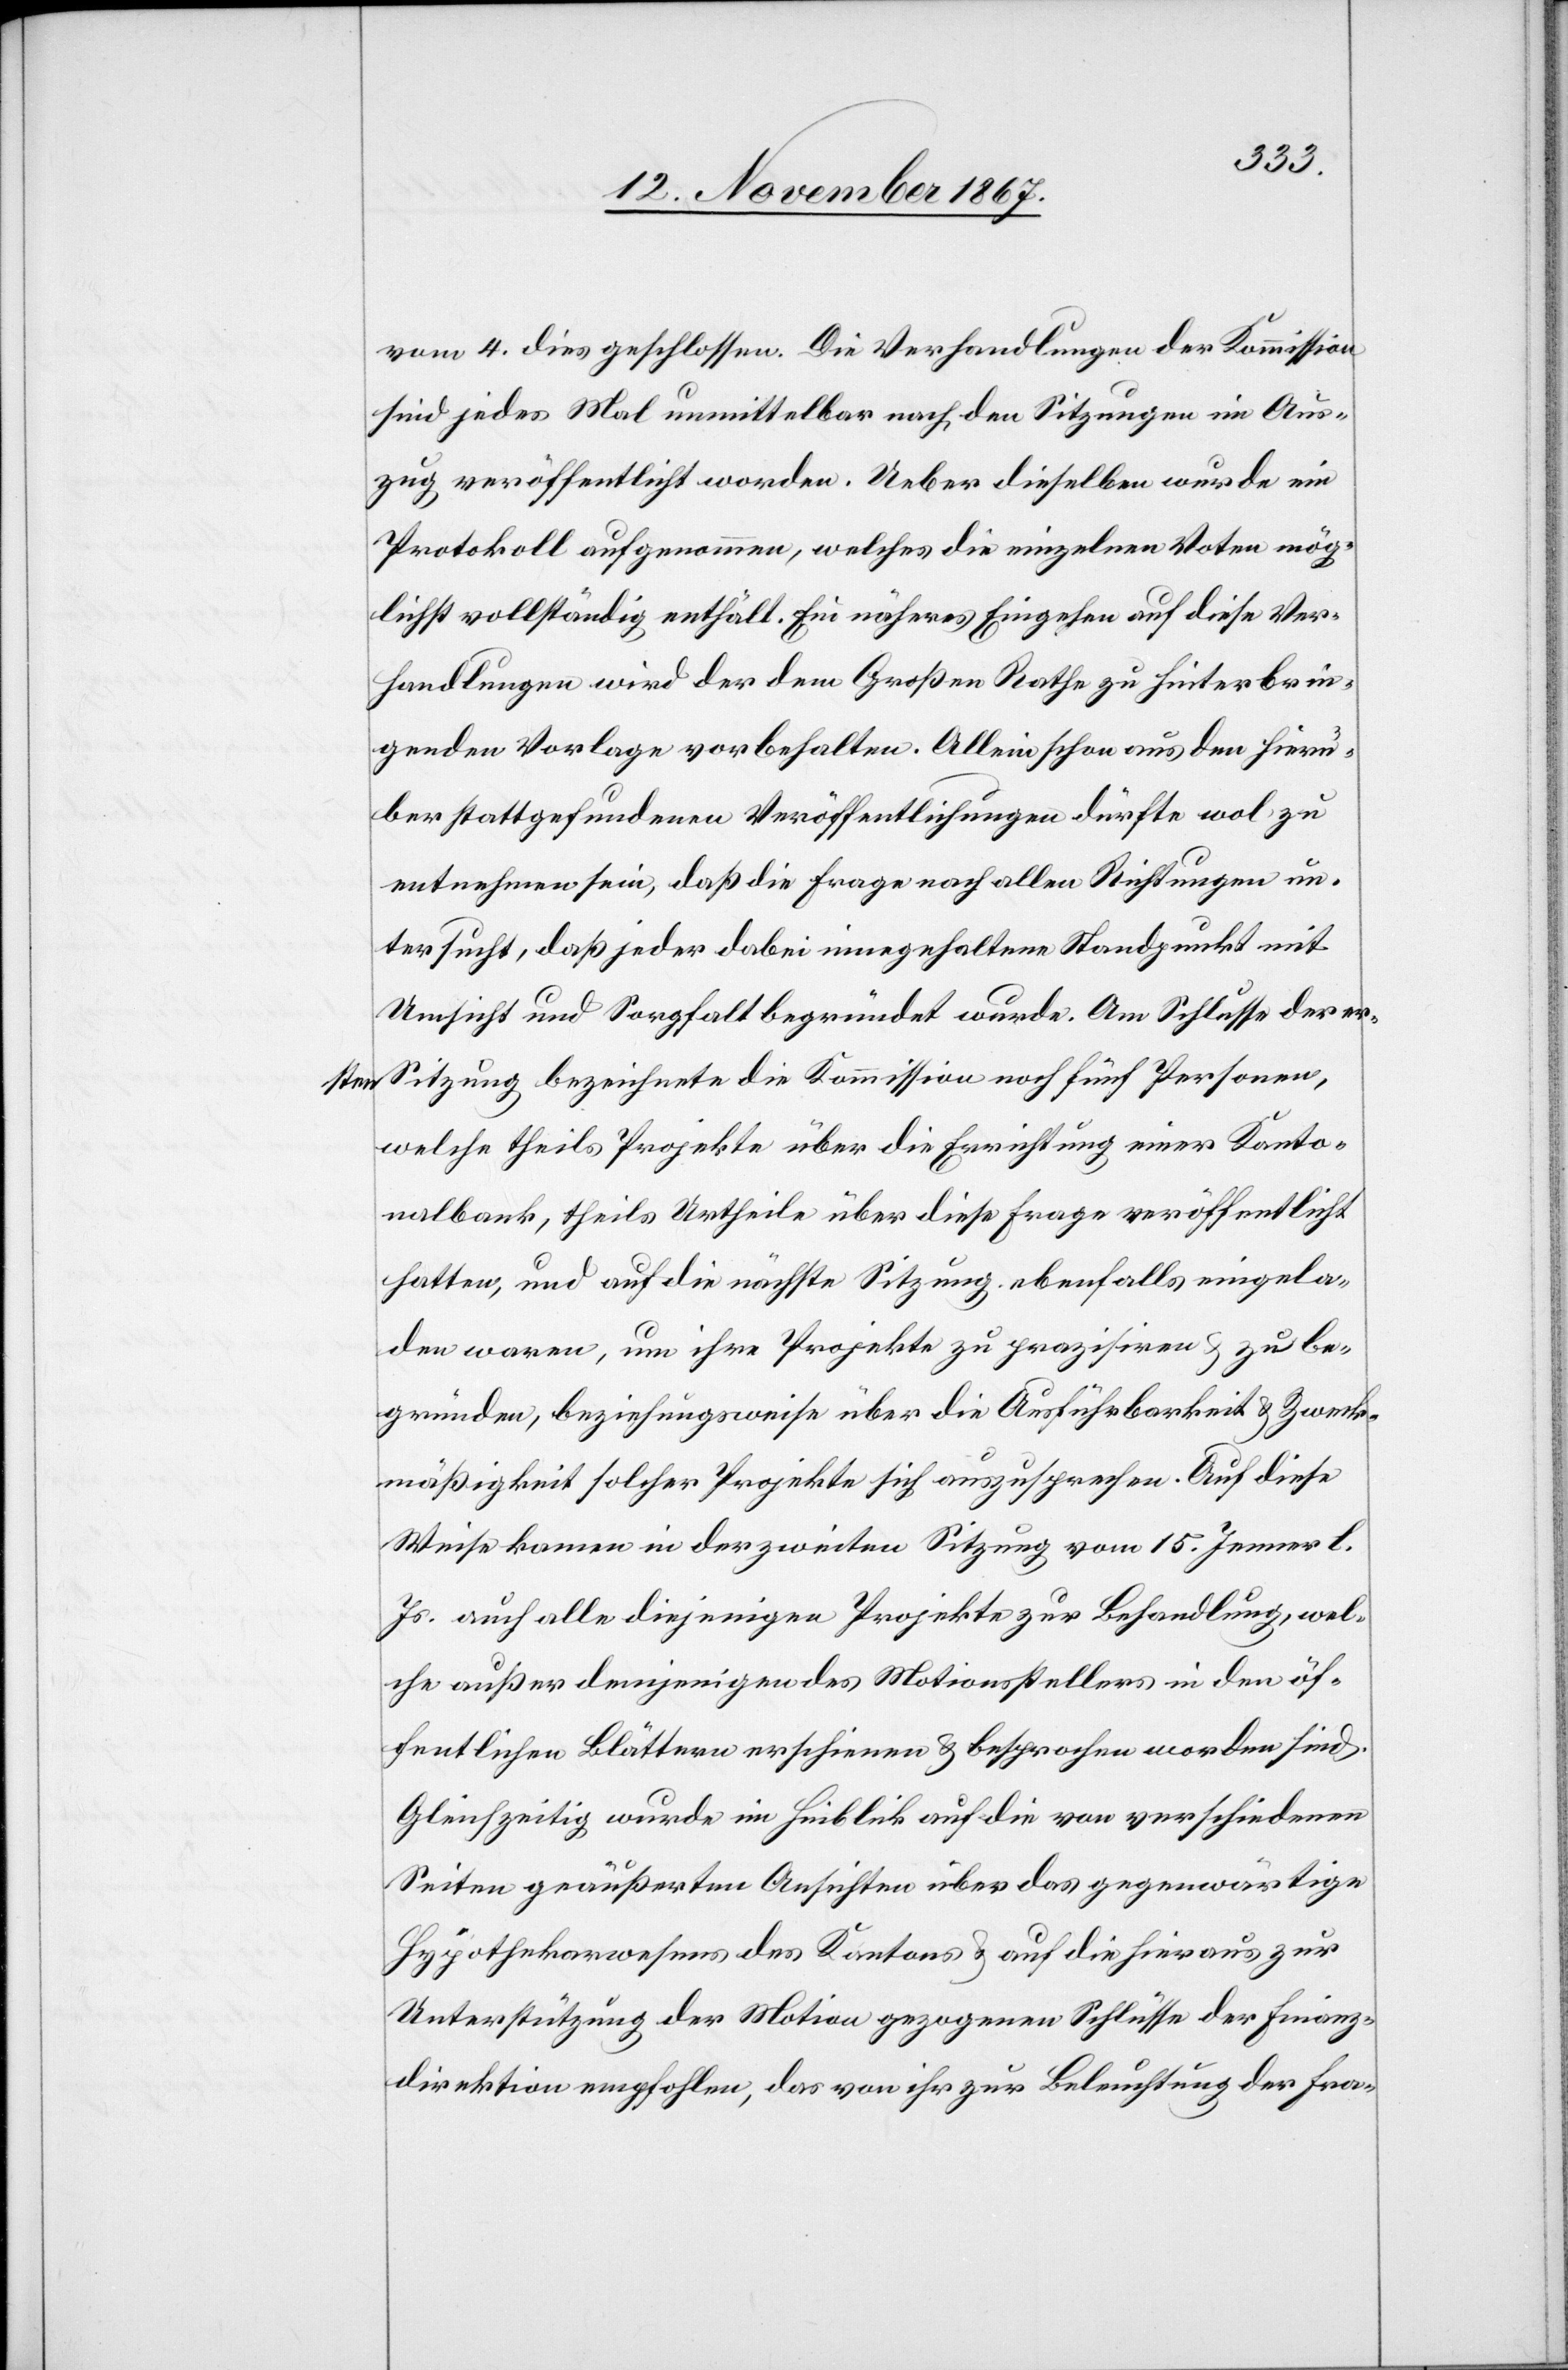
der

zur
vom 4. dies geschlossen. Die Verhandlungen der Kommission
sind jedes Mal unmittelbar nach den Sitzungen im Aus¬
zug veröffentlich worden. Ueber dieselben wurde ein
Protokoll aufgenommen, welches die einzelnen Voten mög¬
lichst vollständig enthält. Ein näheres Eingehen auf diese Ver¬
handlungen wird der dem Großen Rathe zu hinterbrin¬
genden Vorlage vorbehalten. Allein schon aus den hierü¬
ber stattgefundenen Veröffentlichungen dürfte wol zu
entnehmen sein, daß die Frage nach allen Richtungen un¬
tersucht, daß jeder dabei innegehaltene Standpunkt mit
Umsicht und Sorgfalt begründet wurde. Am Schlusse der er¬
Sitzung bezeichnete die Kommission noch fünf Personen,
welche theils Projekte über die Errichtung einer Kanto¬
nalbank, theils Urtheile über diese Frage veröffentlich
hatten, und auf die nächste Sitzung ebenfalls eingela¬
den waren, um ihre Projekte zu prazisiren [sic!] u. zu be¬
gründen, beziehungsweise über die Ausführbarkeit z. Zweck¬
mäßigkeit solcher Projekte sich auszusprechen. Auf diese
Weise kamen in der zweiten Sitzung vom 15. Jenner l.
Js. auch alle diejenigen Projekte zur Behandlung, wel¬
che außer demjenigen des Motionsstellers in den öf¬
fentlichen Blättern erschienen u. besprochen worden sind.
Gleichzeitig wurde im Hinblick auf die von verschiedenen
Seiten geäußerten Ansichten über das gegenwärtige
Hypothekarwesens [sic!] des Kantons u. auf die hieraus zur
Unterstützung der Motion gezogenen Schlüsse der FFD